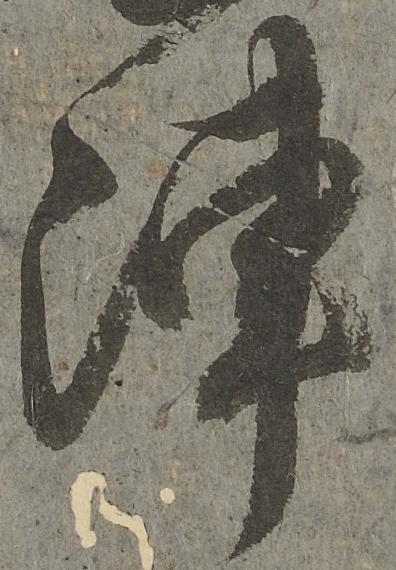
陣